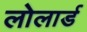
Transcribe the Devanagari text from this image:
लोलार्ड